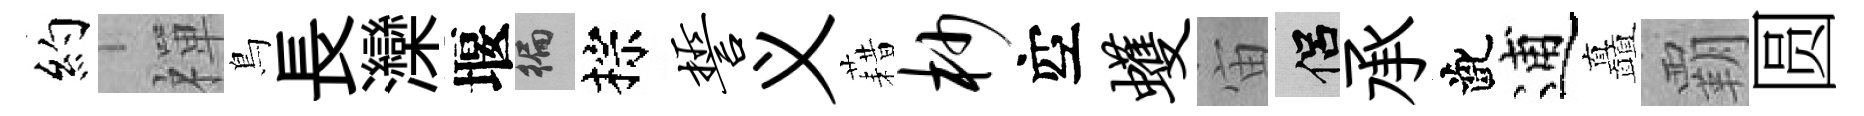
約禪鳥長灤堰徧棕誓义藉杪空蠖宙侣承齔逋矗覇圆